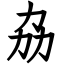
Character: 劦